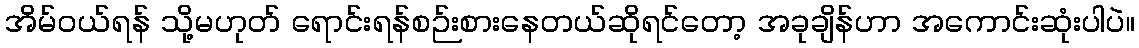
အိမ်ဝယ်ရန် သို့မဟုတ် ရောင်းရန်စဉ်းစားနေတယ်ဆိုရင်တော့ အခုချိန်ဟာ အကောင်းဆုံးပါပဲ။